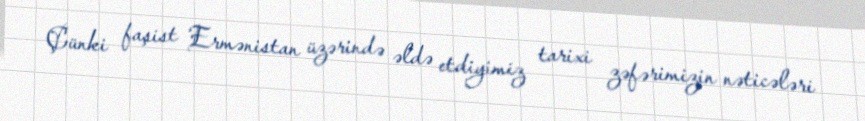
Çünki faşist Ermənistan üzərində əldə etdiyimiz tarixi zəfərimizin nəticələri